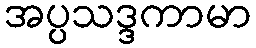
အပ္ပသဒ္ဒကာမာ